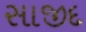
સાજીદ